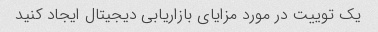
یک توییت در مورد مزایای بازاریابی دیجیتال ایجاد کنید